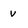
Character: V